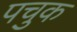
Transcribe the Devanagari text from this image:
पचुक